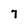
Character: 7